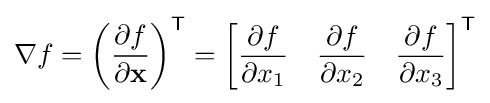
\nabla f=\left({\frac {\partial f}{\partial \mathbf {x} }}\right)^{\mathsf {T}}={\begin{bmatrix}{\dfrac {\partial f}{\partial x_{1}}}&{\dfrac {\partial f}{\partial x_{2}}}&{\dfrac {\partial f}{\partial x_{3}}}\\\end{bmatrix}}^{\textsf {T}}